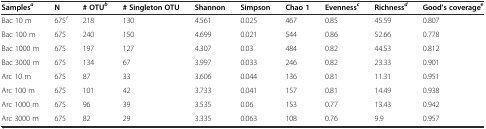
<table><thead><tr><td><b>Samples<sup><i>a</i></sup></b></td><td><b>N</b></td><td><b># OTU<sup><i>b</i></sup></b></td><td><b># Singleton OTU</b></td><td><b>Shannon</b></td><td><b>Simpson</b></td><td><b>Chao 1</b></td><td><b>Evenness<sup><i>c</i></sup></b></td><td><b>Richness<sup><i>d</i></sup></b></td><td><b>Good’s coverage<sup><i>e</i></sup></b></td></tr></thead><tbody><tr><td>Bac 10 m</td><td>675<sup><i>f</i></sup></td><td>218</td><td>130</td><td>4.561</td><td>0.025</td><td>467</td><td>0.85</td><td>45.59</td><td>0.807</td></tr><tr><td>Bac 100 m</td><td>675</td><td>240</td><td>150</td><td>4.699</td><td>0.021</td><td>544</td><td>0.86</td><td>52.66</td><td>0.778</td></tr><tr><td>Bac 1000 m</td><td>675</td><td>197</td><td>127</td><td>4.307</td><td>0.03</td><td>484</td><td>0.82</td><td>44.53</td><td>0.812</td></tr><tr><td>Bac 3000 m</td><td>675</td><td>134</td><td>67</td><td>3.997</td><td>0.033</td><td>246</td><td>0.82</td><td>23.33</td><td>0.901</td></tr><tr><td>Arc 10 m</td><td>675</td><td>87</td><td>33</td><td>3.606</td><td>0.044</td><td>136</td><td>0.81</td><td>11.31</td><td>0.951</td></tr><tr><td>Arc 100 m</td><td>675</td><td>101</td><td>42</td><td>3.733</td><td>0.041</td><td>157</td><td>0.81</td><td>14.49</td><td>0.938</td></tr><tr><td>Arc 1000 m</td><td>675</td><td>96</td><td>39</td><td>3.535</td><td>0.06</td><td>153</td><td>0.77</td><td>13.43</td><td>0.942</td></tr><tr><td>Arc 3000 m</td><td>675</td><td>82</td><td>29</td><td>3.335</td><td>0.063</td><td>108</td><td>0.76</td><td>9.9</td><td>0.957</td></tr></tbody></table>